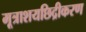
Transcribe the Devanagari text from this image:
मूत्राशयछिद्रीकरण